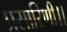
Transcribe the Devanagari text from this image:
प्रसारिणी।।